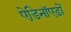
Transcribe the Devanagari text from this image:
ऐडिनॉएडों